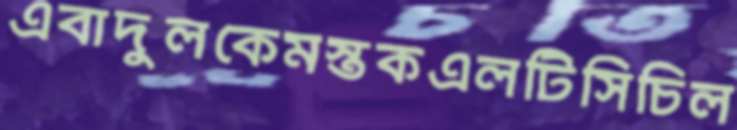
এবাদুলকেমস্তকএলটিসিচিল